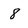
Character: 8